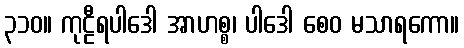
၃၁၀။ ကုဠီရပါဒေါ အာဟစ္စ၊ ပါဒေါ စေဝ မသာရကော။